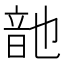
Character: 䪧